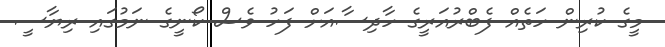
މީގެ ކުރިން ހަތެއް ފެބްރުއަރީގެ ހާދިސާއަށް ފަހު ވެސް ކޯނީގެ ނަމުގައި ރިޔާސީ